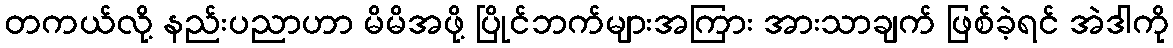
တကယ်လို့ နည်းပညာဟာ မိမိအဖို့ ပြိုင်ဘက်များအကြား အားသာချက် ဖြစ်ခဲ့ရင် အဲဒါကို